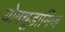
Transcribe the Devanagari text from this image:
योगचूडामिण